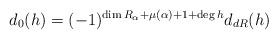
LaTeX: \begin{align*}d_0 (h)=(-1)^{\dim R_{\alpha} + \mu(\alpha) +1+\deg h} d_{dR} (h)\end{align*}